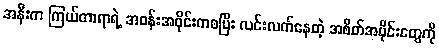
အနီးက ကြယ်တာရာရဲ့ အဝန်းအဝိုင်းကစပြီး လင်းလက်နေတဲ့ အစိတ်အပိုင်းတွေကို